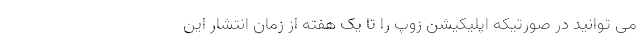
می توانید در صورتیکه اپلیکیشن زوپ را تا یک هفته از زمان انتشار این